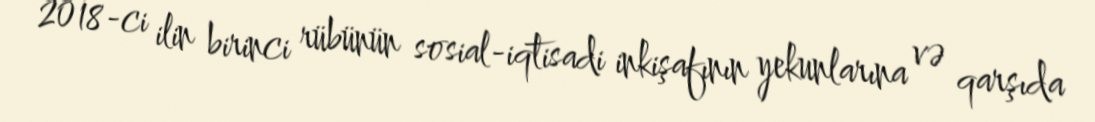
2018-ci ilin birinci rübünün sosial-iqtisadi inkişafının yekunlarına və qarşıda